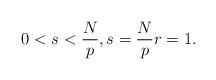
LaTeX: \begin{align*} 0< s<\frac{N}{p},s=\frac{N}{p} r=1.\end{align*}